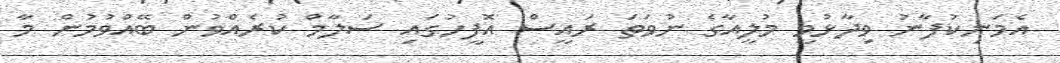
އެމަނިކުފާނު ވިދާޅުވީ މުލީއާގެ ނުވަތަ ރައީސް އޮފީހުގައި ސަލާމް ކުރެއްވުން ބޭއްވުމުން މާ